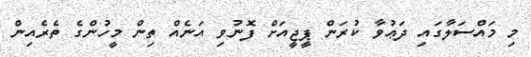
މި މައްސަލާގައި ދަޢުވާ ކުރަން ޕީޖީއަށް ފޮނުވި އަނެއް ތިން މީހުންގެ ތެރެއިން